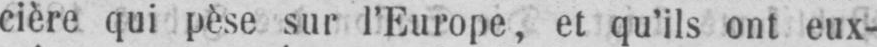
cière qui pèse sur l’Europe, et qu’ils ont eux-